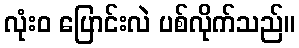
လုံးဝ ပြောင်းလဲ ပစ်လိုက်သည်။